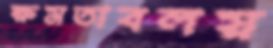
ক্ষমতাবলয়